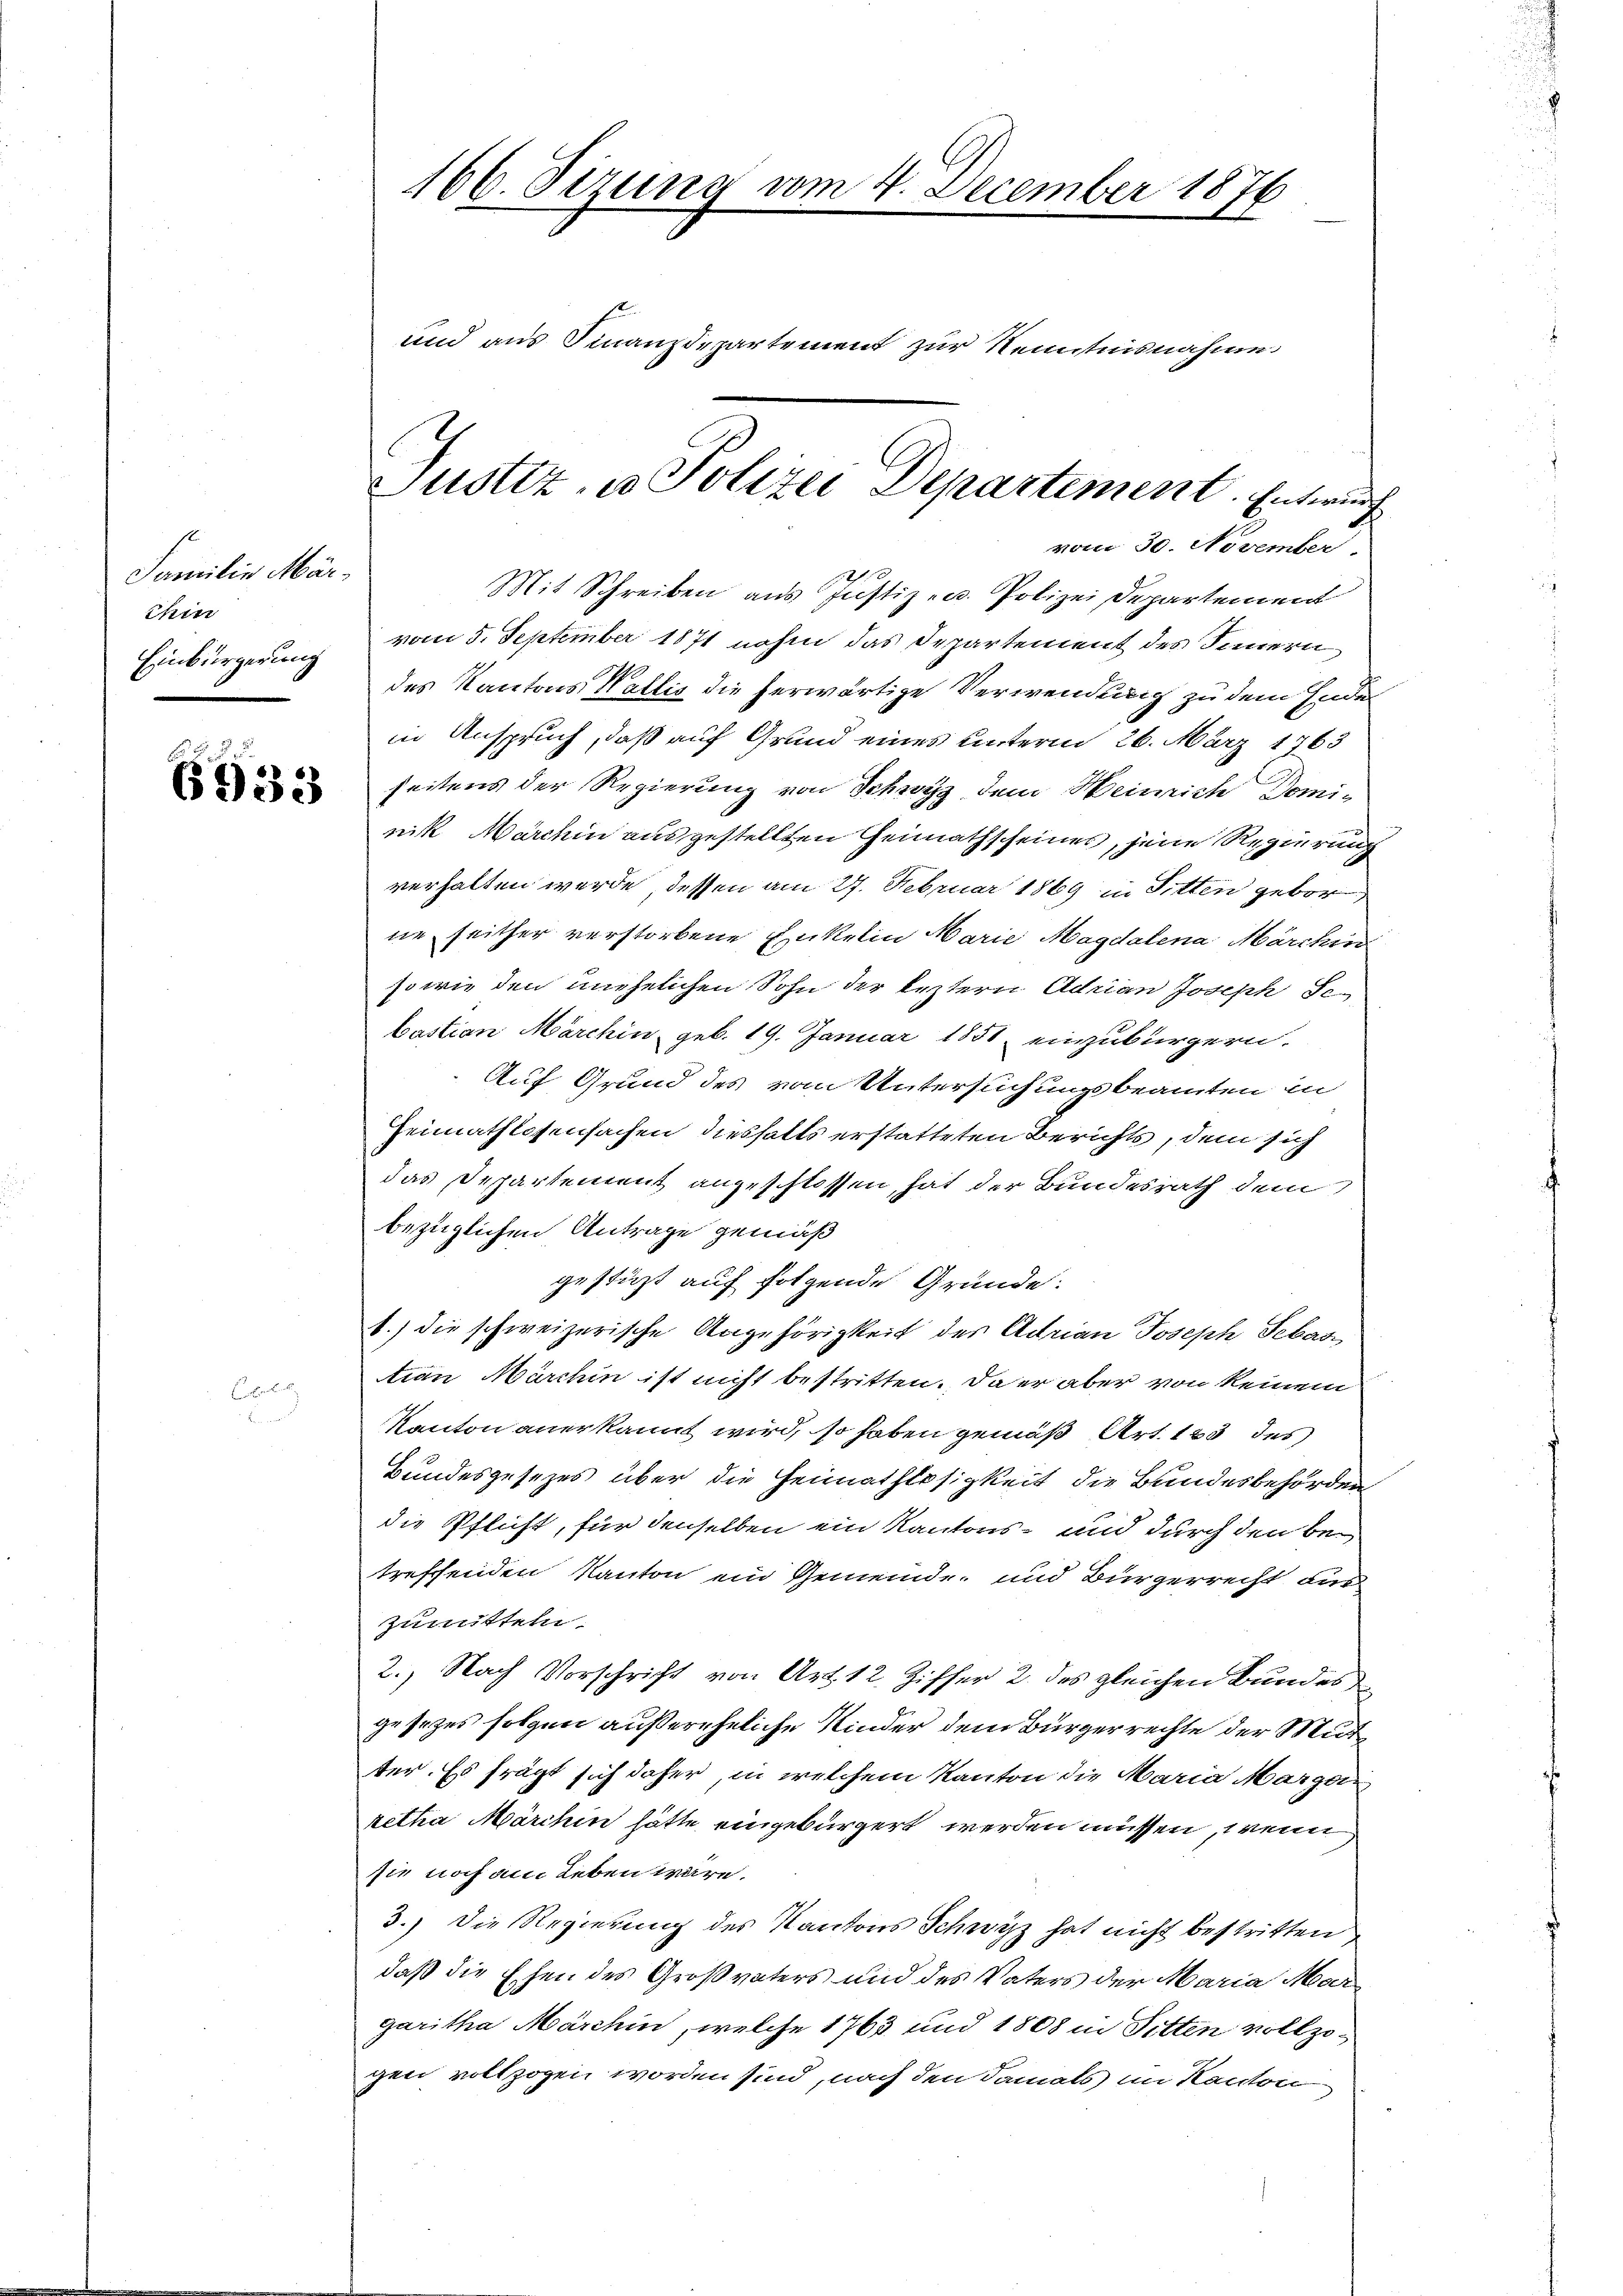
st
Familie Mär¬
Ehin
Einbürgerung

6933

166. Firung vom 4. December 1876
und aus Finanzdepartement zur Kenntnisnahme.

Mit Schreiben aus Justiz- u. Polizei Departement
vom 5. September 1871 nahm das Departement des Innern
des Kantons Wallis die herwärtige Verwendung zu dem Ende
in Anspruch, daß auf Grund eines unterm 26. März 1863
seitens der Regierung von Schwyz dem Heinrich Dominik Marchin ausgestellten Heimathscheines, jene Regierung
verhalten werde, dessen am 27. Februar 1869 in Sitten gebor
ne seither verstorbene Enkelin Marie Magdalena Marchin
sowie den unehelichen Sohn der leztern Adrian Joseph Sen
bastian Märchin geb. 19. Januar 1851 einzubürgern.
Auf Grund des vom Untersuchungsbeamten in
Heimathlossensachen diesfalls erstatteten Berichts, dem sich
das Departement angeschlossen, hat der Bundesrath dem
bezüglichen Antrage gemäß
gestüzt auf folgende Gründe.
b.) die schweizerische Angehörigkeit der Adrian Joseph Sebas
tion Marchin ist nicht bestritten. Da er aber von keinem
Kanton anerkannt wird, so haben gemäß Art. 123 des
Bundesgesezes über die Heimathlosigkeit die Bundesbehörden
die Pflicht, für denselben ein Kantons- und durch den betreffenden Kanton ein Gemeinde, und Bürgerrecht dur
zumitteln.
2.) Nach Vorschrift von Art. 12 Ziffer 2. des gleichen Bundes
gesezes folgen außereheliche Kinder dem Bürgerrechte der Mutter. Es frägt sich daher, in welchem Kanton die Maria Margaretha Marchin hätte eingebürgert werden müssen, wenn
sie noch am Leben wäre.
3.) Die Regierung des Kantons Schwyz hat nicht bestritten
daß die Ehen des Großvaters und des Vaters der Maria Mar
garitha Marchin, welche 1763 und 1808 in Sitten vollzigen vollzogen worden sind, nach den damals im Kanton

Justiz- u. Polizei Departement. Entwurf
vom 30. November